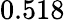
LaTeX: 0.518